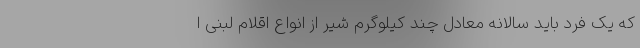
که یک فرد باید سالانه معادل چند کیلوگرم شیر از انواع اقلام لبنی ا